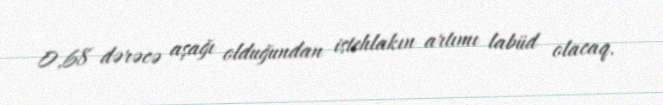
0,68 dərəcə aşağı olduğundan istehlakın artımı labüd olacaq.